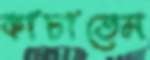
কাচাতেম